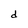
Character: d